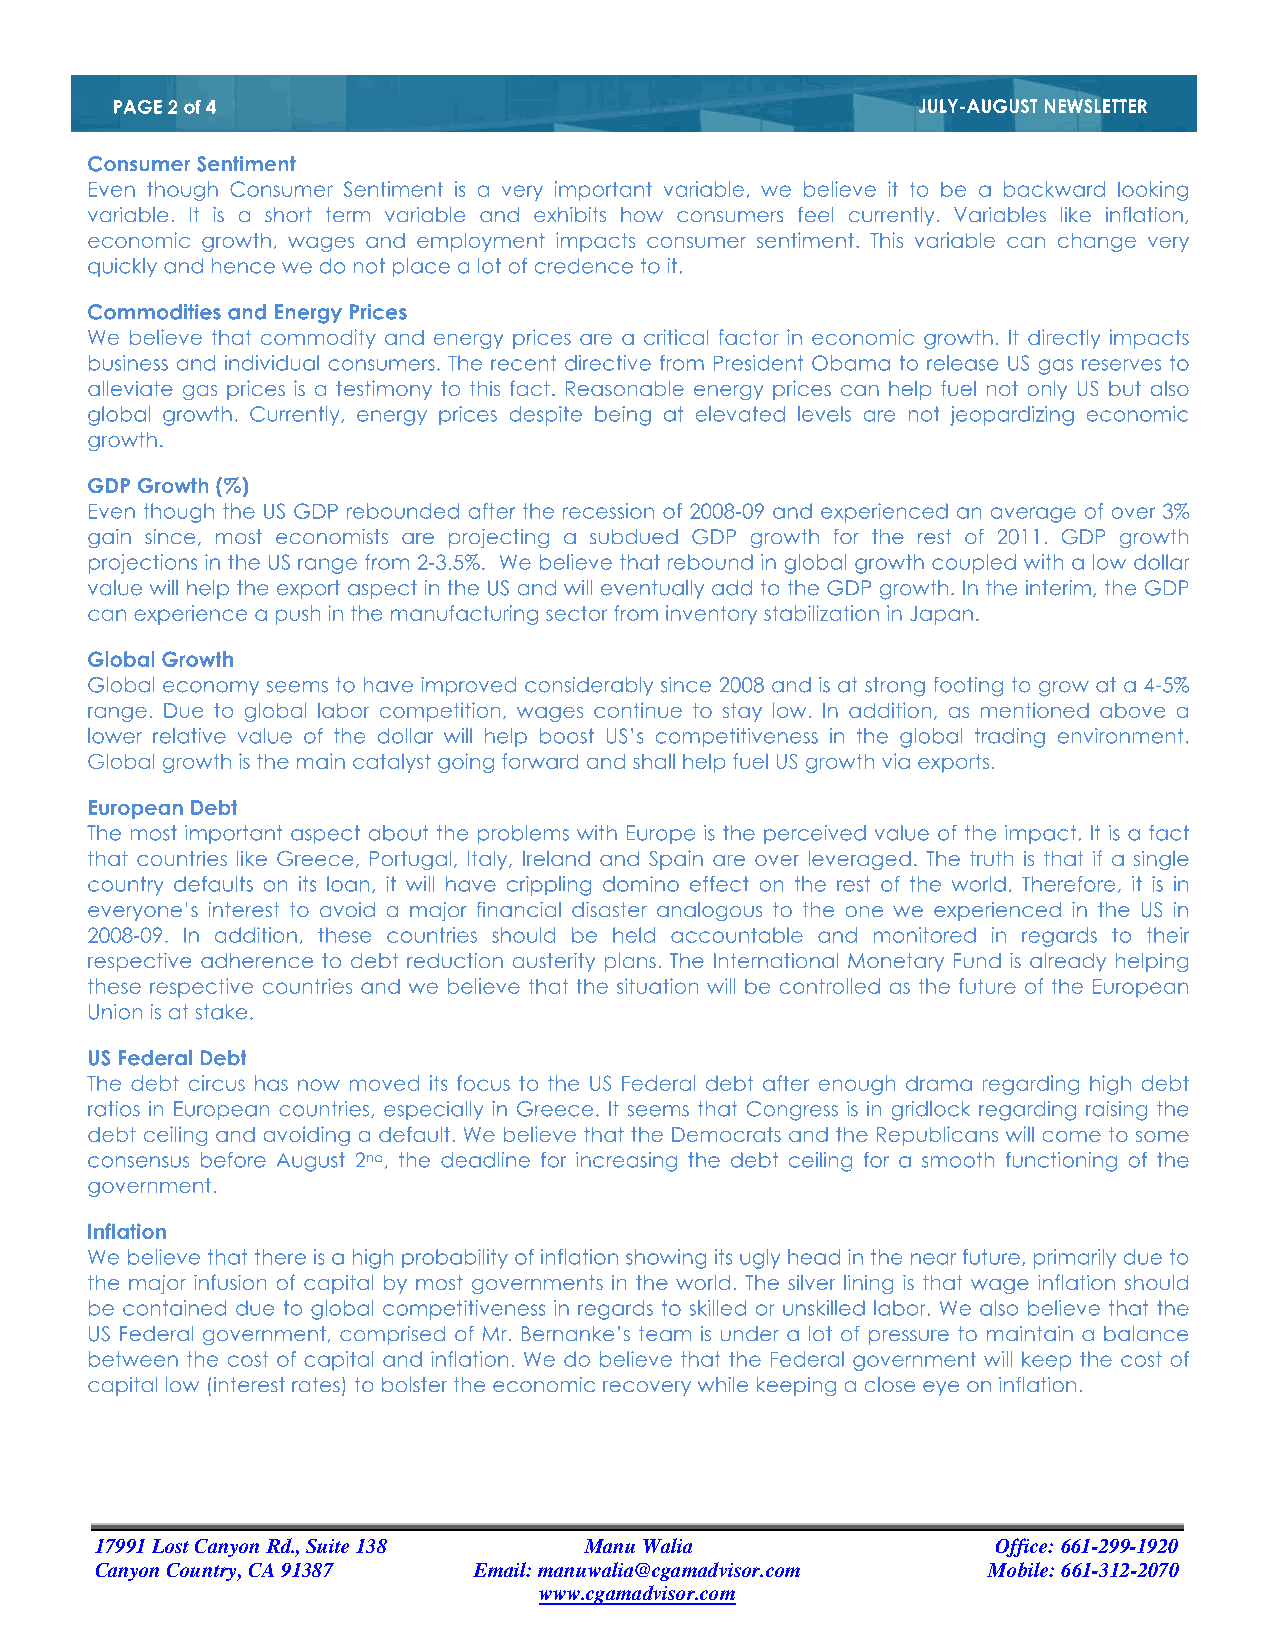
17991 Lost Canyon Rd., Suite 138 Manu Walia                 Office: 661-299-1920
 Canyon Country, CA 91387 Email: manuwalia@cgamadvisor.com  Mobile: 661-312-2070
 www.cgamadvisor.com